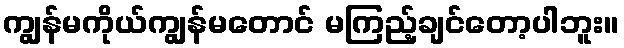
ကျွန်မကိုယ်ကျွန်မတောင် မကြည့်ချင်တော့ပါဘူး။